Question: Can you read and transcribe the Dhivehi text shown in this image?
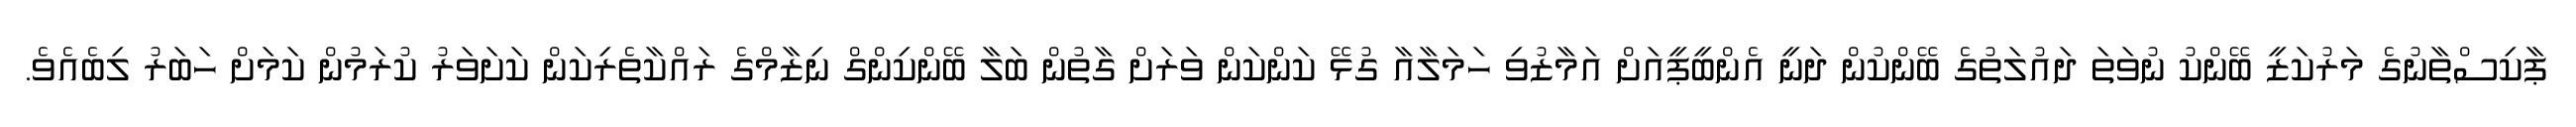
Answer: ޕާކިސްތާނުގެ މަރުކަޒީ ބޭންކު ނުވަތަ ދައުލަތުގެ ބޭންކުން ދަނީ އެންބީޕީއަށް އަމާޒުވި ހަމަލާއާ ގުޅޭ ކަންކަން ވަރަށް ގާތުން ބަލާ ބޭންކިންގް ނިޒާމްގެ ރައްކާތެރިކަން ކަށަވަރު ކުރަމުން ކަމަށް ހަބަރު ލިބެއެވެ.